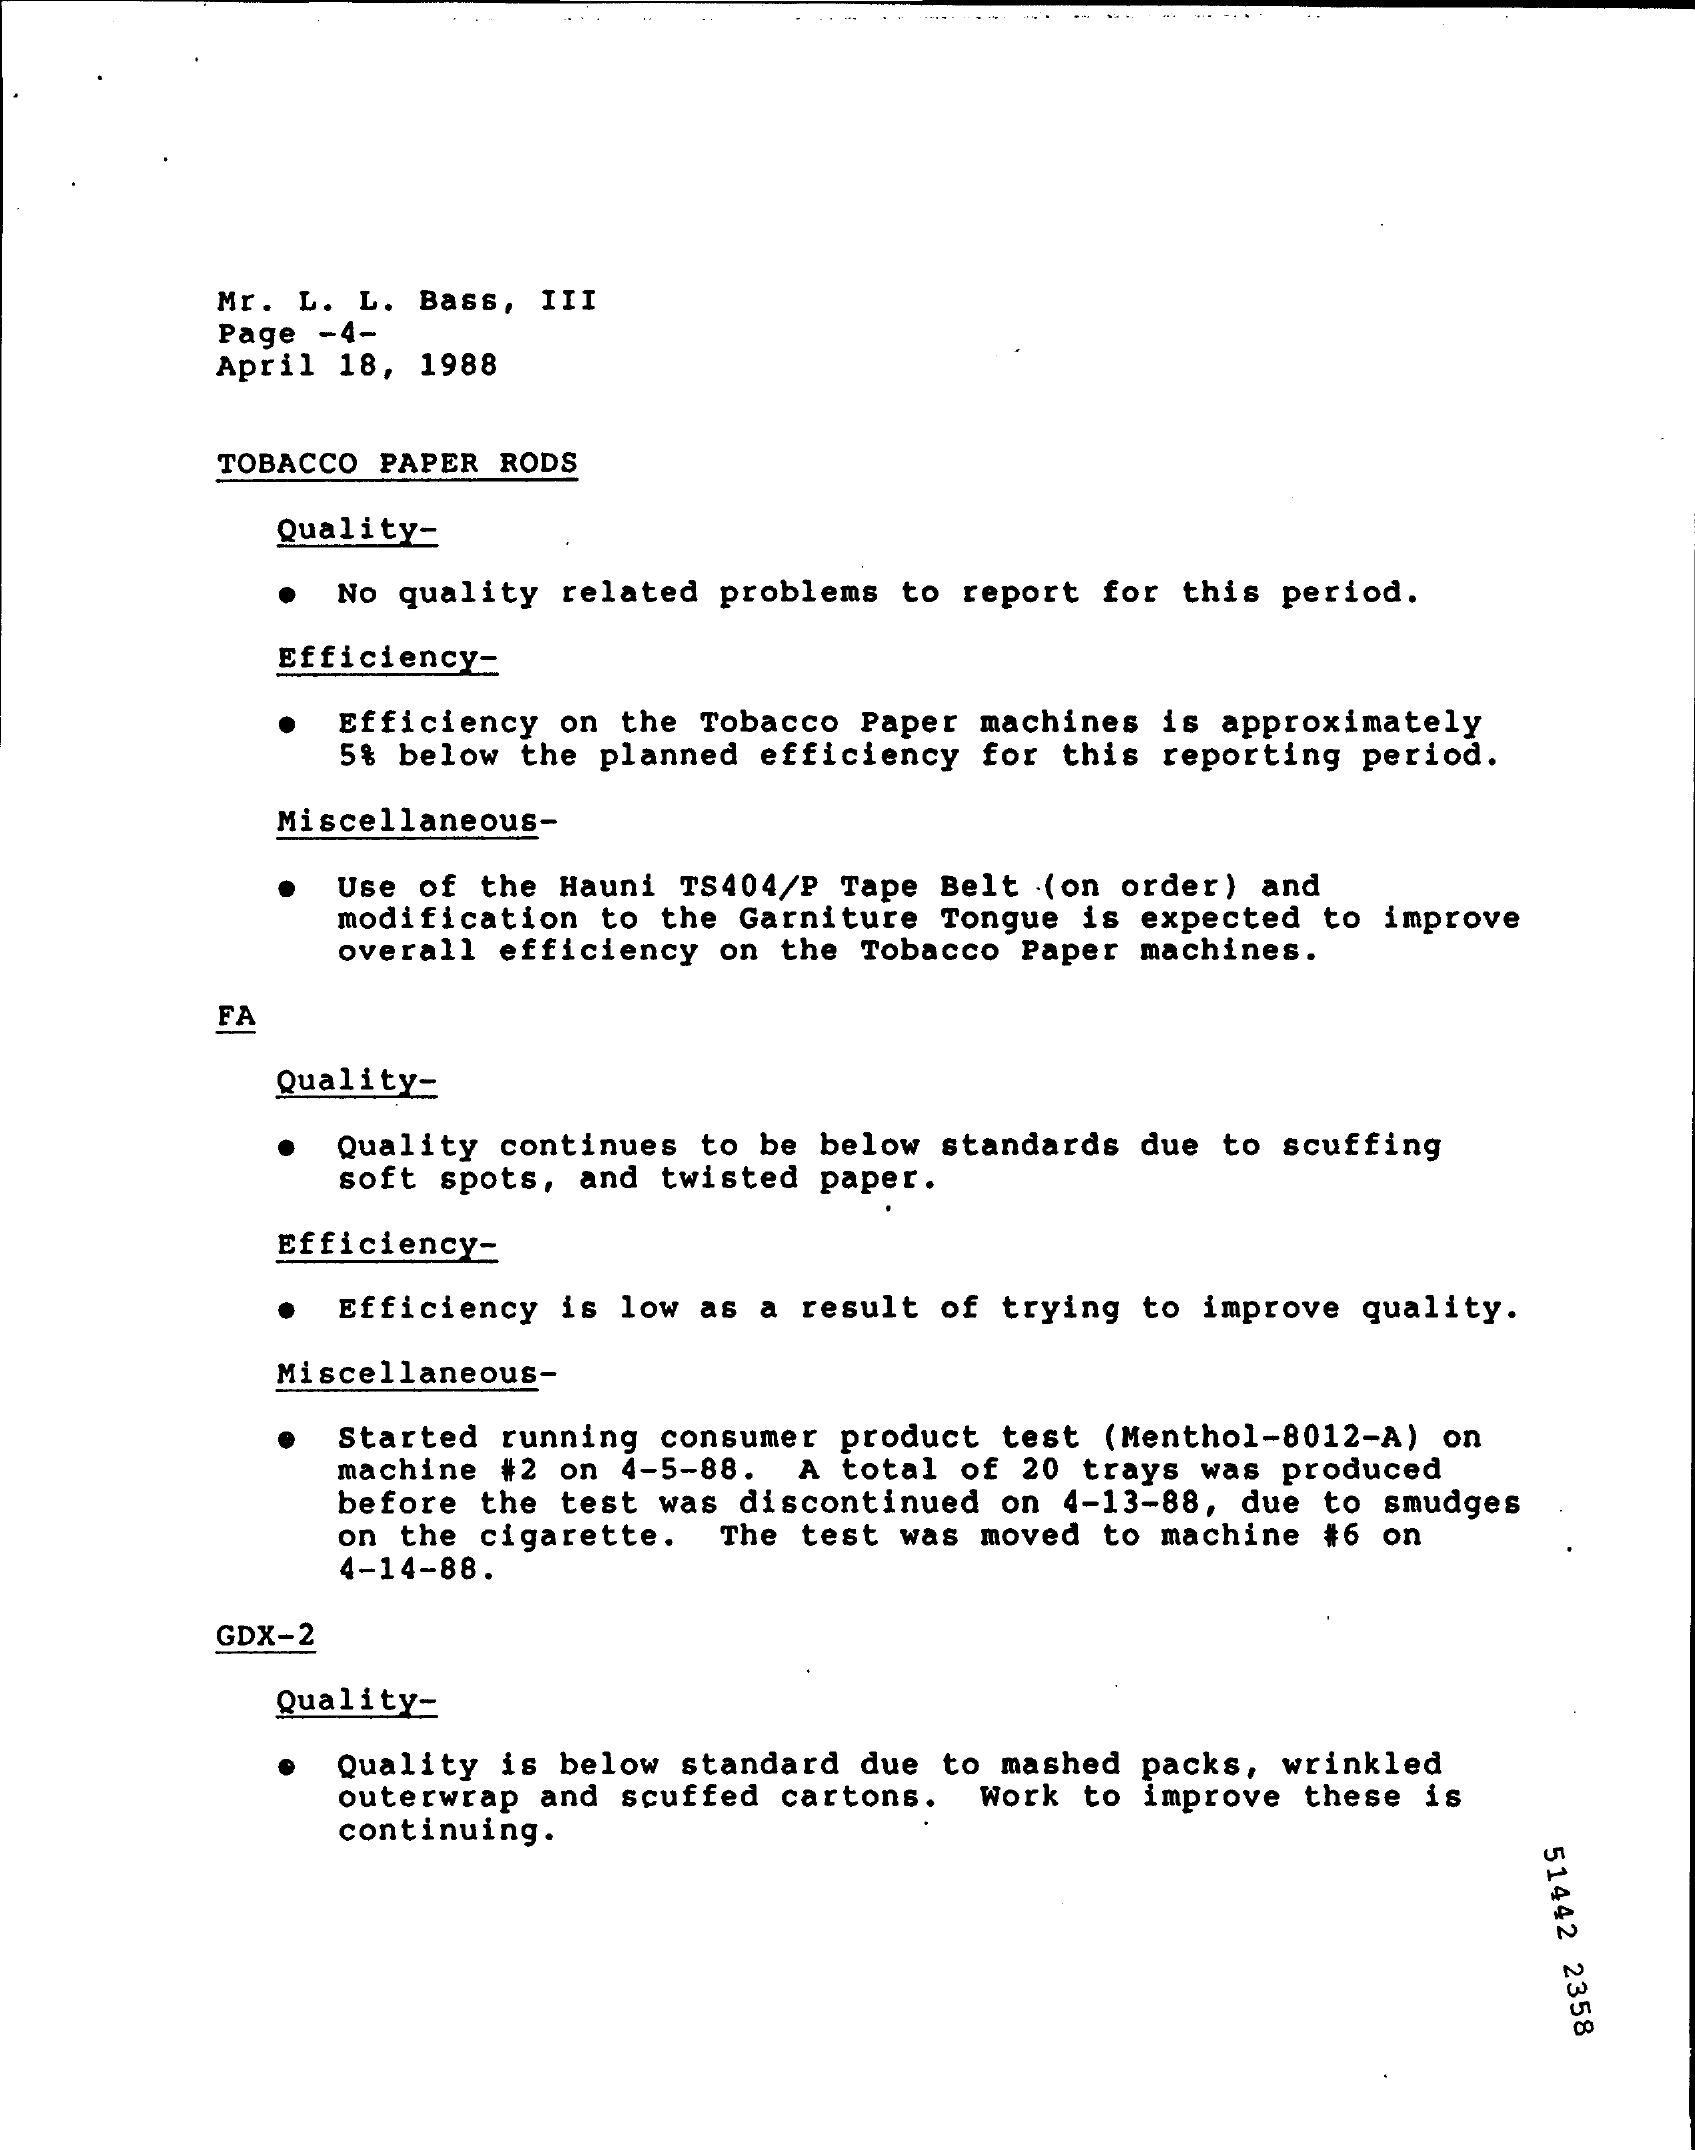
..    --- ----
     Mr. L. L. Bass, III
     Page -4-
     April 18, 1988
     TOBACCO PAPER RODS
     Quality-
     No quality related problems to report for this period.
     Efficiency-
     Efficiency on the Tobacco Paper machines is approximately
     5% below the planned efficiency for this reporting period.
     Miscellaneous-
     Use of the Hauni TS404/P Tape Belt (on order) and
     modification to the Garniture Tongue is expected to improve
     overall efficiency on the Tobacco Paper machines.
     FA
     Quality-
     Quality continues to be below standards due to scuffing
     soft spots, and twisted paper.
     Efficiency-
     Efficiency is low as a result of trying to improve quality.
     Miscellaneous-
     Started running consumer product test (Menthol-8012-A) on
     machine #2 on 4-5-88. A total of 20 trays was produced
     before the test was discontinued on 4-13-88, due to smudges
     on the cigarette. The test was moved to machine #6 on
     4-14-88.
     GDX-2
     Quality-
     Quality is below standard due to mashed packs, wrinkled
     outerwrap and scuffed cartons. Work to improve these is
     continuing.
     51442
     2358